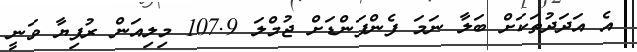
އެ އަދަދުތަކަށް ބަލާ ނަމަ ފެންފަންޑަށް ޖުމްލަ 107.9 މިލިއަން ރުފިޔާ ވަނީ